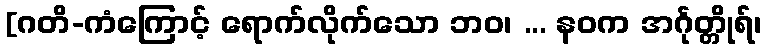
[ဂတိ-ကံကြောင့် ရောက်လိုက်သော ဘဝ၊ ... နဝက အင်္ဂုတ္တိုရ်၊